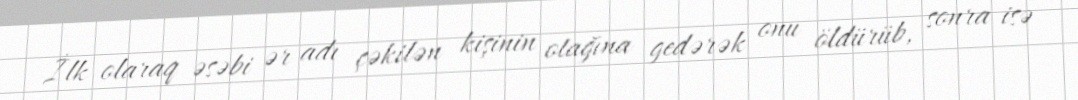
İlk olaraq əsəbi ər adı çəkilən kişinin otağına gedərək onu öldürüb, sonra isə